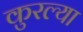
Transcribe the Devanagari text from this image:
कुरल्या